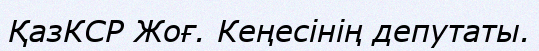
ҚазКСР Жоғ. Кеңесінің депутаты.